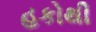
હકોથી